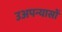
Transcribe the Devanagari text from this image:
उअपन्यासों